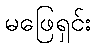
မဖြေရှင်း